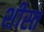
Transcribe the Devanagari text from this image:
शीस्त